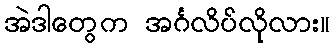
အဲဒါတွေက အင်္ဂလိပ်လိုလား။